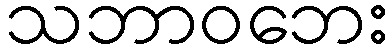
သဘာဝဘေး